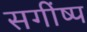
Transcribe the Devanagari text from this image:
सगींष्प